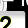
Digit: 2